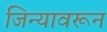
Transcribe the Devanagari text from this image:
जिन्यावरून